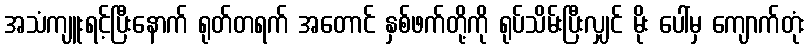
အသံကျူးရင့်ပြီးနောက် ရုတ်တရက် အတောင် နှစ်ဖက်တို့ကို ရုပ်သိမ်းပြီးလျှင် မိုး ပေါ်မှ ကျောက်တုံး